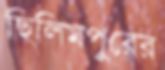
ছিলিমপুরের